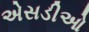
એસડીઓ